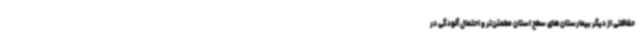
حفاظتی از دیگر بیمارستان‌های سطح استان مطمئن‌تر و احتمال آلودگی در